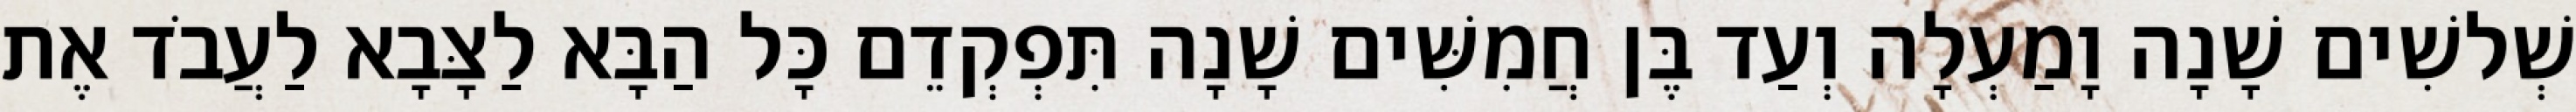
שְׁלשִׁים שָׁנָה וָמַעְלָה וְעַד בֶּן חֲמִשִּׁים שָׁנָה תִּפְקְדֵם כָּל הַבָּא לַצָּבָא לַעֲבֹד אֶת